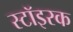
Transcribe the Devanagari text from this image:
स्टॉइरक